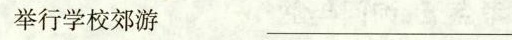
举行学校郊游_________